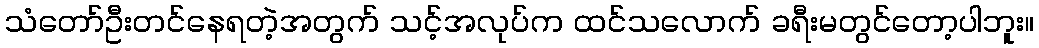
သံတော်ဦးတင်နေရတဲ့အတွက် သင့်အလုပ်က ထင်သလောက် ခရီးမတွင်တော့ပါဘူး။